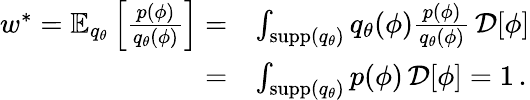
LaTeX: \begin{array}{rl}{w^{*}=\mathbb{E}_{q_{\theta}}\left[\frac{p(\phi)}{q_{\theta}(\phi)}\right]=}&{\int_{\textrm{supp}(q_{\theta})}q_{\theta}(\phi)\frac{p(\phi)}{q_{\theta}(\phi)}\, \mathcal{D}[\phi]}\\ {=}&{\int_{\textrm{supp}(q_{\theta})}p(\phi)\, \mathcal{D}[\phi]=1\, .}\end{array}